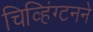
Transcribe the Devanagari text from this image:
चिव्हिंग्टनने